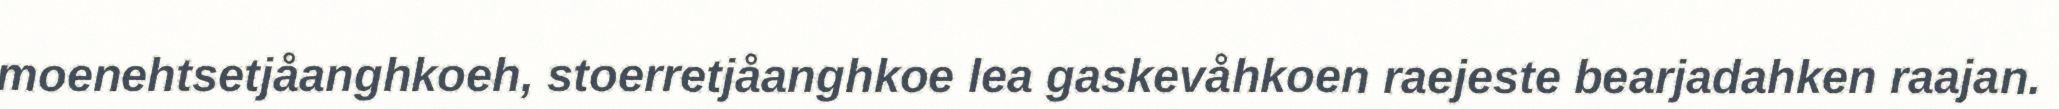
moenehtsetjåanghkoeh, stoerretjåanghkoe lea gaskevåhkoen raejeste bearjadahken raajan.